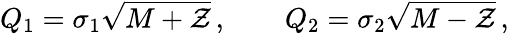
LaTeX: Q_{1}=\sigma_{1}\sqrt{M+{\cal Z}}\, ,\qquad Q_{2}=\sigma_{2}\sqrt{M-{\cal Z}}\, ,